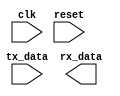
module uart_controller (
    input wire clk,
    input wire reset,
    input wire tx_data,
    output wire rx_data
);

// Baud rate generator
reg [15:0] baud_counter;
reg [15:0] baud_rate = 16'h0FFF; // Baud rate frequency

always @(posedge clk or posedge reset) begin
    if (reset) begin
        baud_counter <= 16'h0;
    end else begin
        if (baud_counter == baud_rate) begin
            baud_counter <= 16'h0;
        end else begin
            baud_counter <= baud_counter + 1;
        end
    end
end

// Clock divider
reg [3:0] div_counter;
reg [3:0] baud_divider = 4'b0001; // Divide system clock frequency by 2

always @(posedge clk or posedge reset) begin
    if (reset) begin
        div_counter <= 4'b0000;
    end else begin
        if (div_counter == baud_divider) begin
            div_counter <= 4'b0000;
        end else begin
            div_counter <= div_counter + 1;
        end
    end
end

// Start bit detector, shift register, parity checker, stop bit detector, buffer storage, control logic, etc.
// Implement these components as needed for the UART controller functionality

endmodule